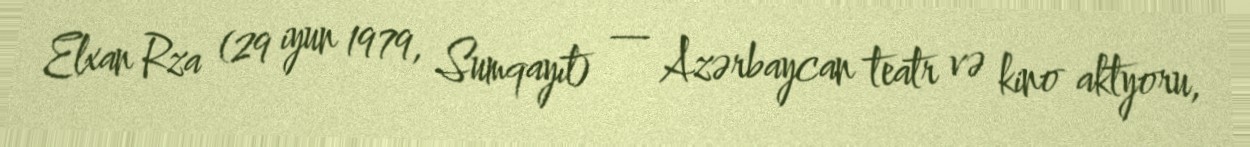
Elxan Rza (29 iyun 1979, Sumqayıt) — Azərbaycan teatr və kino aktyoru,